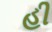
હી